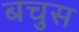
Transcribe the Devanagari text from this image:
बचुस